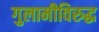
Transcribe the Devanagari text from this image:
गुलामीविरुद्ध